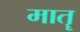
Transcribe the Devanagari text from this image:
मातॄ